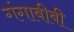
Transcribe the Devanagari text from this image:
गंगाबीबी